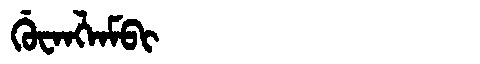
Manchu: ᡤᡠᠸᠠᠩᠯᠠᠮᠪᡳ
Romanization: GUWANGLAMBI